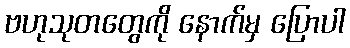
ဗဟုသုတတွေကို နောက်မှ ပြောပါ